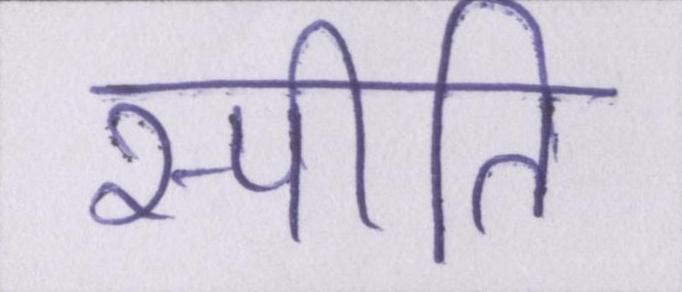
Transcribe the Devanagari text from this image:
स्पीति